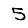
Digit: 5